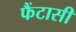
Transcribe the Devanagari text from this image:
फैंटासी